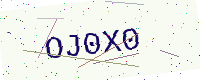
Text: OJ0X0